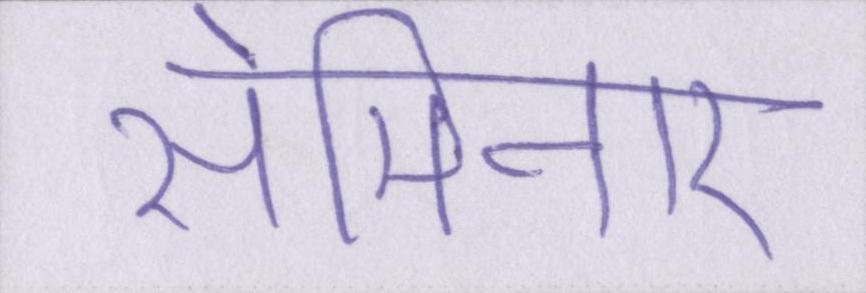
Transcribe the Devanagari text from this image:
सेमिनार